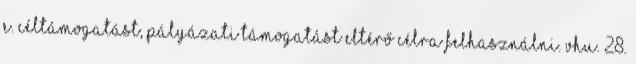
e. céltámogatást, pályázati támogatást eltérő célra felhasználni. Vhu. 28.